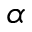
\alpha